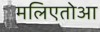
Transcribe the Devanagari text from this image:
मलिएतोआ